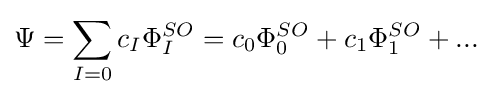
\Psi =\sum _{I=0}c_{I}\Phi _{I}^{SO}=c_{0}\Phi _{0}^{SO}+c_{1}\Phi _{1}^{SO}+{...}